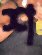
শ